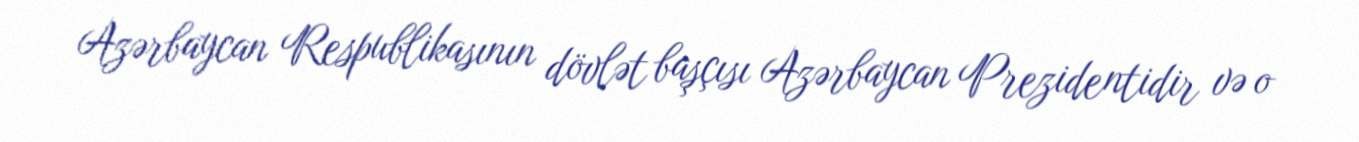
Azərbaycan Respublikasının dövlət başçısı Azərbaycan Prezidentidir və o